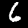
Label: 6